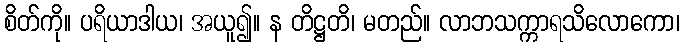
စိတ်ကို။ ပရိယာဒါယ၊ အယူ၍။ န တိဋ္ဌတိ၊ မတည်။ လာဘသက္ကာရသိလောကော၊